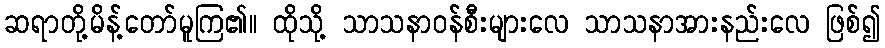
ဆရာတို့မိန့်တော်မူကြ၏။ ထိုသို့ သာသနာဝန်စီးများလေ သာသနာအားနည်းလေ ဖြစ်၍